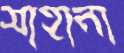
সাহানা